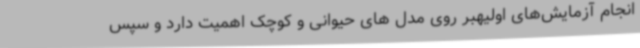
انجام آزمایش‌های اولیهبر روی مدل های حیوانی و کوچک اهمیت دارد و سپس